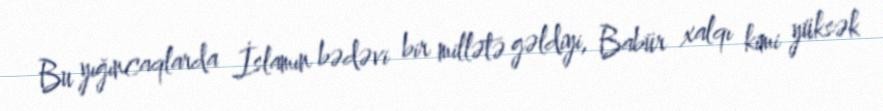
Bu yığıncaqlarda İslamın bədəvi bir millətə gəldiyi, Babür xalqı kimi yüksək